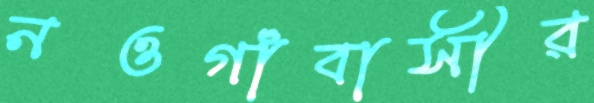
নওগাঁবাসীর